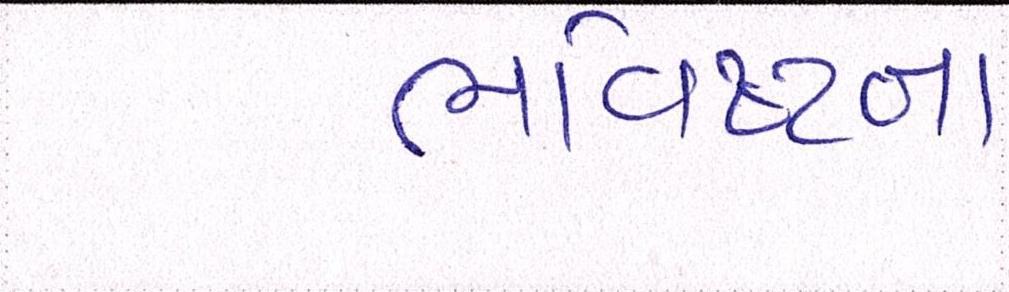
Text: ભવિષ્યના